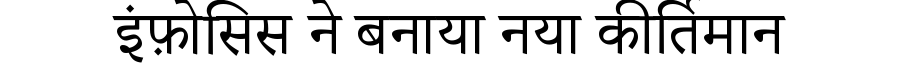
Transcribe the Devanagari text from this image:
इंफ़ोसिस ने बनाया नया कीर्तिमान